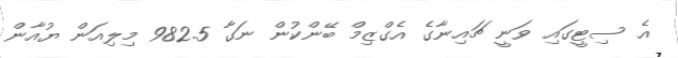
އެ ސިޓީގައި ވަނީ ޗައިނާގެ އެގްޒިމް ބޭންކުން ނަގާ 982.5 މިލިއަން ޔުއާން